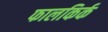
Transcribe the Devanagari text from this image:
फालकिर्क